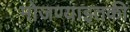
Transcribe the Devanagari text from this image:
मोजण्याइतकी